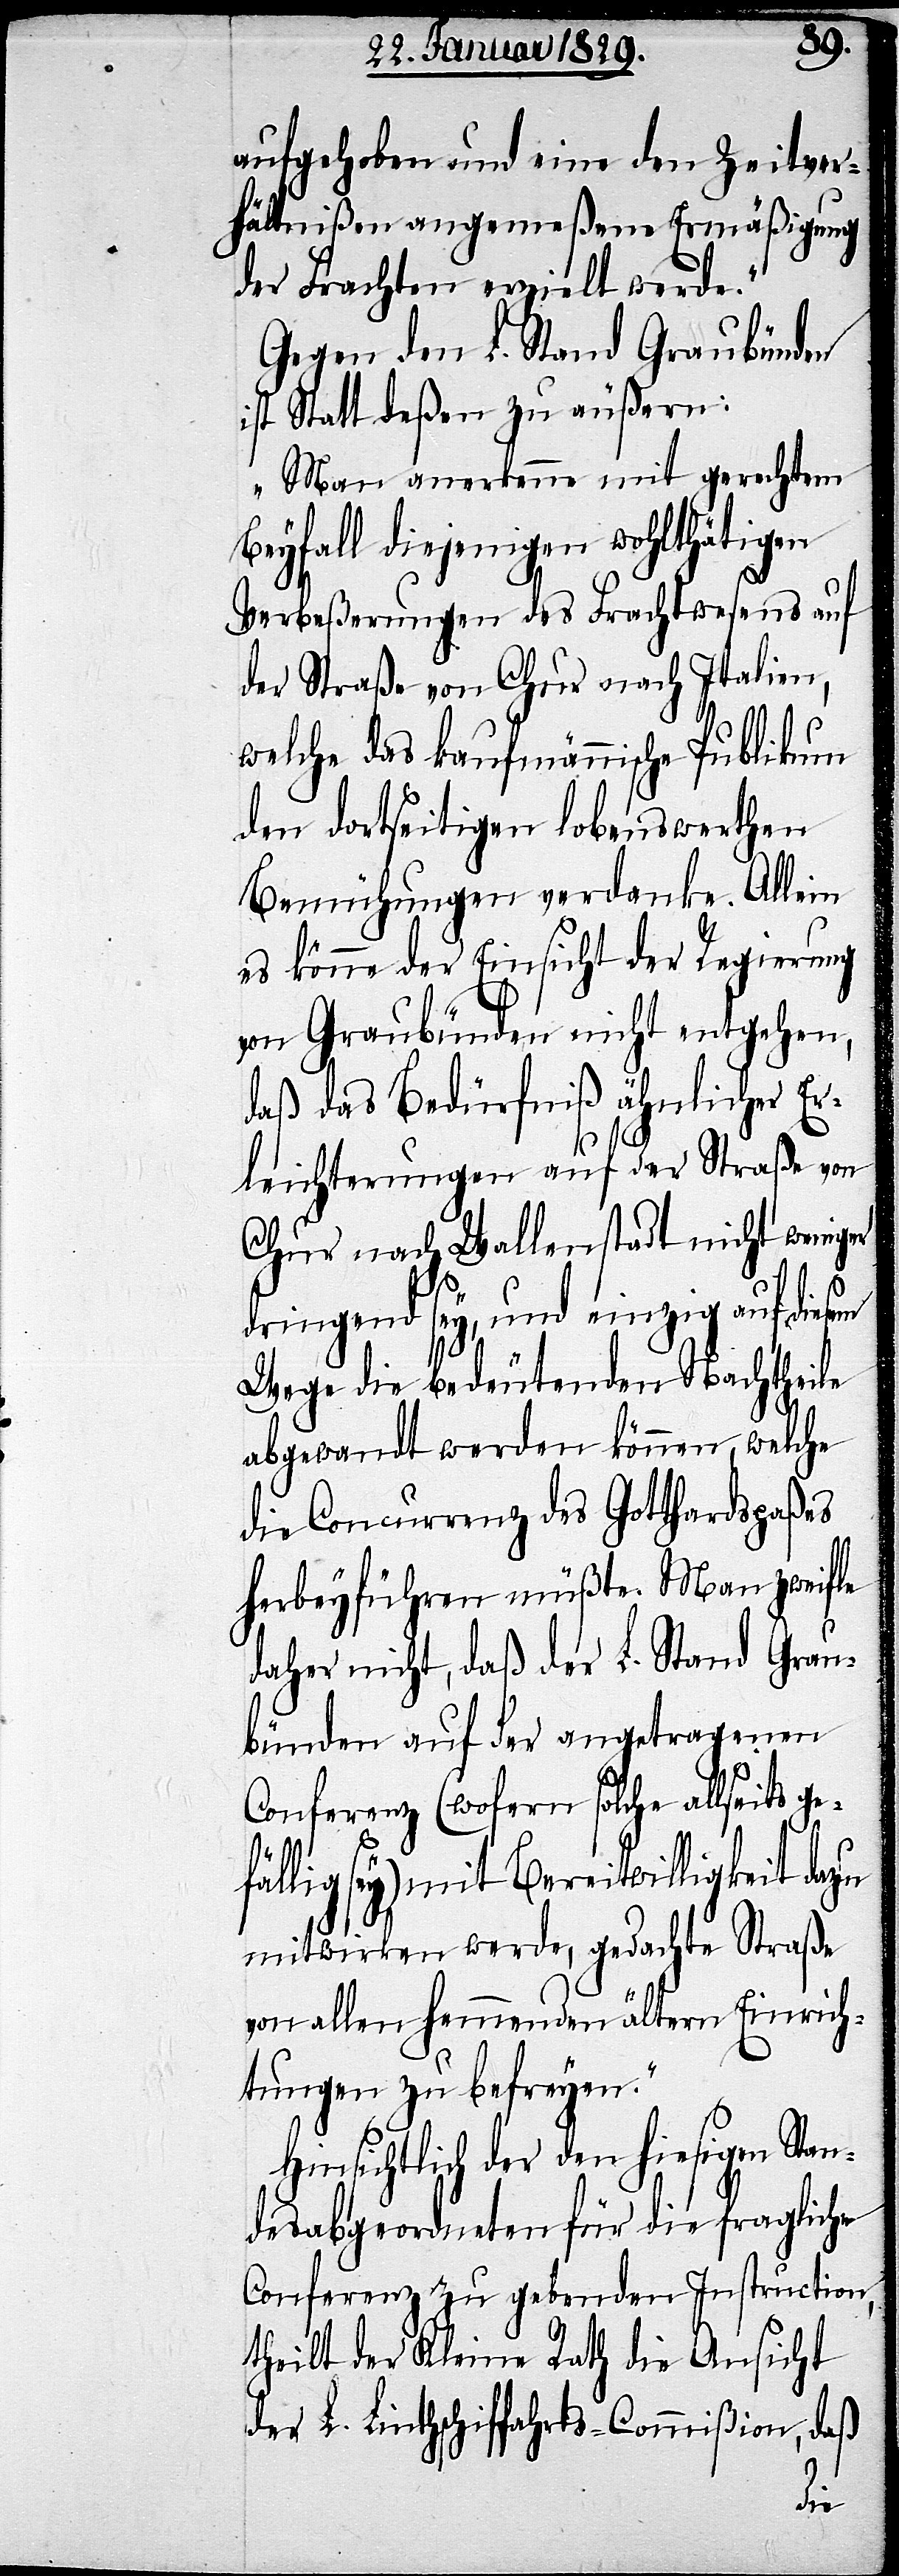
aufgehoben und eine den Zeitver¬
hältnißen angemeßene Ermäßigung
der Frachten erzielt werde.“
Gegen den L. Stand Graubünden
ist Statt deßen zu äußern:
„Man anerkenne mit gerechtem
Beyfall diejenigen wohlthätigen
Verbeßerungen des Frachtwesens auf
der Straße von Chur nach Italien,
welche das kaufmännische Publikum
den dortseitigen lobenswerthen
Bemühungen verdanke. Allein
es könne der Einsicht der Regierung
von Graubünden nicht entgehen,
daß das Bedürfniß ähnlicher Er¬
leichterungen auf der Straße von
Chur nach Wallenstadt nicht weniger
dringend sey, und einzig auf diesem
Wege die bedeutenden Nachtheile
abgewandt werden können, welche
die Concurrenz des Gotthardspaßes
herbeyführen müßte. Man zweifle
daher nicht, daß der L. Stand Grau¬
bünden auf der angetragenen
Conferenz (wofern solche allseits ge¬
fällig sey) mit Bereitwilligkeit da¬
mitwirken werde, gedachte Straße
von allen hemmenden ältern Einrich¬
tungen zu befreyen.“
Hinsichtlich der den hiesigen Stan¬
desabgeordneten für die fragliche
Conferenz zu gebenden Instructionen
theilt der Kleine Rath die Ansicht
der L. Linthschiffahrts-Commißion, daß
zu